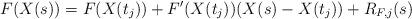
LaTeX: \begin{align*}F(X(s)) = F(X(t_j)) + F'(X(t_j)) (X(s) - X(t_j)) + R_{F,j}(s)\end{align*}